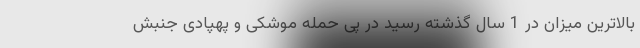
بالاترین میزان در 1 سال گذشته رسید در پی حمله موشکی و پهپادی جنبش